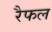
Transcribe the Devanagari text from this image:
रैफल